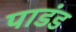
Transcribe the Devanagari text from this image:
पाडंड